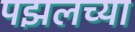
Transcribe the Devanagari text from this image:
पझलच्या